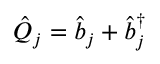
\hat { Q } _ { j } = \hat { b } _ { j } + \hat { b } _ { j } ^ { \dagger }